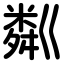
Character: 粼